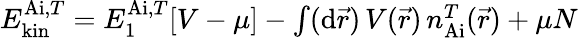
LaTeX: \begin{array}{r}{E_{\mathrm{kin}}^{\mathrm{Ai},T}=E_{1}^{\mathrm{Ai},T}[V-\mu]-\int(\mathrm{d}\vec{r})\, V(\vec{r})\, n_{\mathrm{Ai}}^{T}(\vec{r})+\mu N}\end{array}